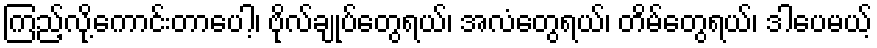
ကြည့်လို့ကောင်းတာပေါ့၊ ဗိုလ်ချုပ်တွေရယ်၊ အလံတွေရယ်၊ တိမ်တွေရယ်၊ ဒါပေမယ့်